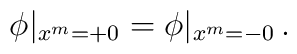
\phi\vert_{x^m=+0}=\phi\vert_{x^m=-0} \,.